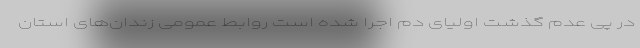
در پی عدم گذشت اولیای دم اجرا شده است روابط عمومی زندان‌های استان